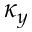
\kappa _ { y }